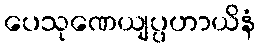
ပေသုဏေယျပ္ပဟာယိနံ